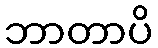
ဘာတာပိ